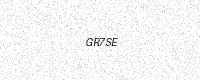
Text: GR7SE